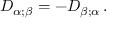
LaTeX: D _ { \alpha ; \beta } = - D _ { \beta ; \alpha } \, .